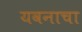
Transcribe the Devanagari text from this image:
यवनाचा